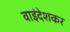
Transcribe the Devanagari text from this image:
वाइंदेशकर